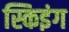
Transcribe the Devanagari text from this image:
स्किइंग